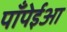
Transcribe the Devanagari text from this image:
पॉंपेईआ